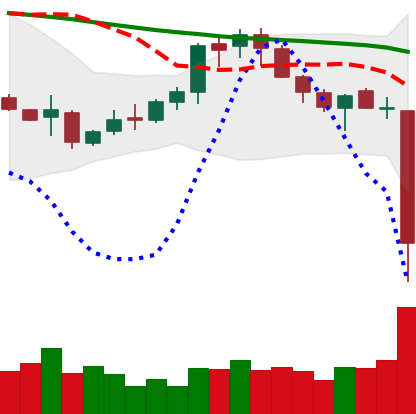
Ticker: XMR-USD
Chart end date: 2018-11-14
Forward return: -20.128%
Label: down_7plus